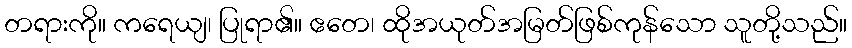
တရားကို။ ကရေယျ၊ ပြုရာ၏။ ဧတေ၊ ထိုအယုတ်အမြတ်ဖြစ်ကုန်သော သူတို့သည်။